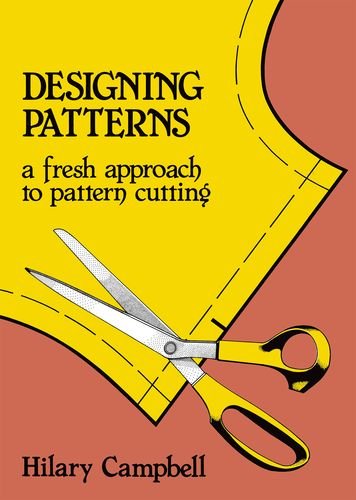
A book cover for Designing Patterns - A Fresh Approach to Pattern Cutting (Fashion & Design); Hilary Campbell; Teen & Young Adult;